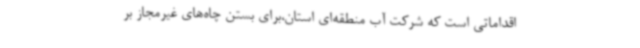
اقداماتی است که شرکت آب منطقه‌ای استان،برای بستن چاه‌های غیرمجاز بر